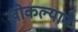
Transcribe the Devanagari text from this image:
खोकल्याने